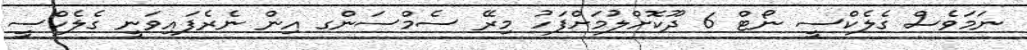
ނަމަވެސް ގެލެކްސީ ނޯޓް 6 ދޫކޮށްލުމަށްފަހު މިރޭ ސެމްސަންގ އިން ނެރެފައިވަނީ ގެލެކްސީ